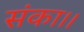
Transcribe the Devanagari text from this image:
संका।।